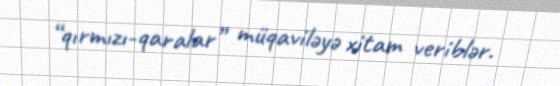
“qırmızı-qaralar” müqaviləyə xitam veriblər.